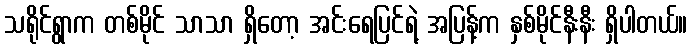
သရိုင်ရွာက တစ်မိုင် သာသာ ရှိတော့ အင်းရေပြင်ရဲ့ အပြန့်က နှစ်မိုင်နီးနီး ရှိပါတယ်။